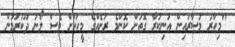
"މިހާރު މުސާރައިން އުނިކުރާ ގޮތަށް ކޮންމެ ރަށެއްގެ މީހަކަށް ވެސް ލޯނު ދޫކުރަމުން